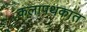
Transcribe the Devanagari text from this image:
कलापथकांत